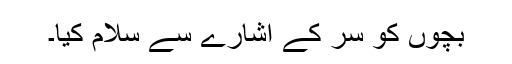
بچوں کو سر کے اشارے سے سلام کیا۔